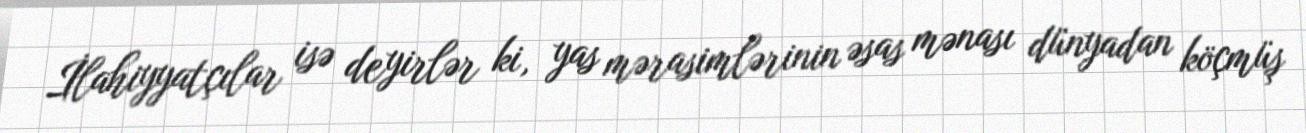
İlahiyyatçılar isə deyirlər ki, yas mərasimlərinin əsas mənası dünyadan köçmüş